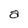
Character: a